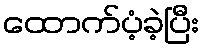
ထောက်ပံ့ခဲ့ပြီး